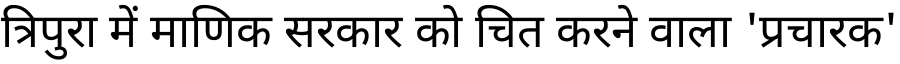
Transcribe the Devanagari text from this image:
त्रिपुरा में माणिक सरकार को चित करने वाला 'प्रचारक'